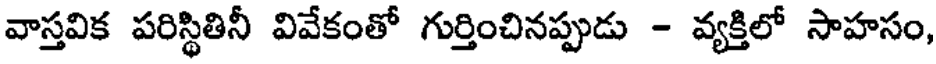
వాస్తవిక పరిస్థితినీ వివేకంతో గుర్తించినప్పుడు - వ్యక్తిలో సాహసం,